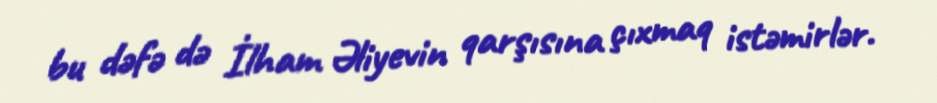
bu dəfə də İlham Əliyevin qarşısına çıxmaq istəmirlər.